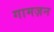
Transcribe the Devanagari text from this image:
गामज़न